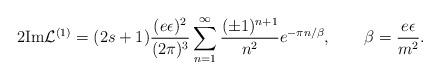
LaTeX: \begin{align*}2\hbox{Im}{\cal L}^{(1)}=(2s+1)\frac{(e\epsilon )^2}{(2\pi)^3}\sum_{n=1}^\infty\frac{(\pm 1)^{n+1}}{n^2}e^{-\pi n/\beta}, \qquad \beta=\frac{e\epsilon}{m^2}.\end{align*}